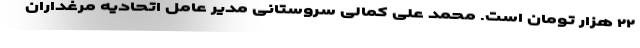
۲۲ هزار تومان است. محمد علی کمالی سروستانی مدیر عامل اتحادیه مرغداران